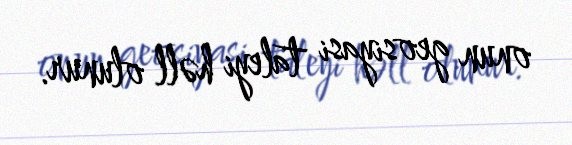
onun geosiyasi taleyi həll olunur.